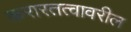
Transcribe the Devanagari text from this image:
करारतत्वावरील